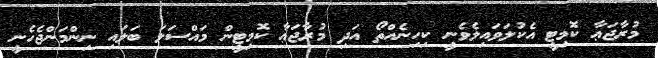
މުރާޖަޢާ ކޮމިޓީ އެކުލަވައިލެވެނީ ކިހިނެއްތޯ އަދި މުރާޖަޢާ ކޮމިޓީން މައްސަލަ ބަލައި ނިންމަންޖެހެނީ